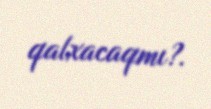
qalxacaqmı?.